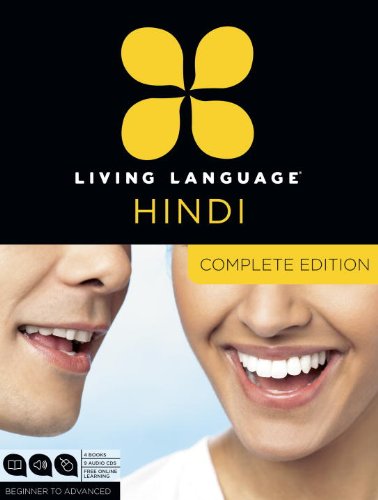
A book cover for Living Language Hindi, Complete Edition: Beginner through advanced course, including 3 coursebooks, 9 audio CDs, Hindi reading & writing guide, and free online learning; Living Language; Education & Teaching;